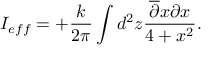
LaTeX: I _ { e f f } = + \frac { k } { 2 \pi } \int d ^ { 2 } z \frac { \overline { { { \partial } } } x \partial x } { 4 + x ^ { 2 } } .